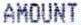
AMOUNT